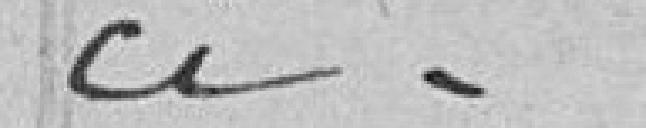
ci